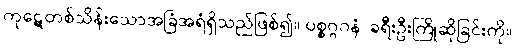
ကုဋေတစ်သိန်းသောအခြံအရံရှိသည်ဖြစ်၍။ ပစ္စဂ္ဂဂနံ၊ ခရီးဦးကြိုဆိုခြင်းကို။